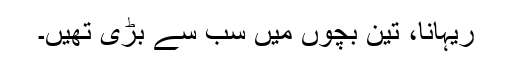
ریہانا، تین بچوں میں سب سے بڑی تھیں۔